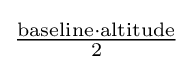
{\tfrac {{\text{baseline}}\cdot {\text{altitude}}}{2}}